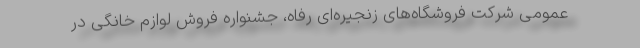
عمومی شرکت فروشگاه‌های زنجیره‌ای رفاه، جشنواره فروش لوازم خانگی در